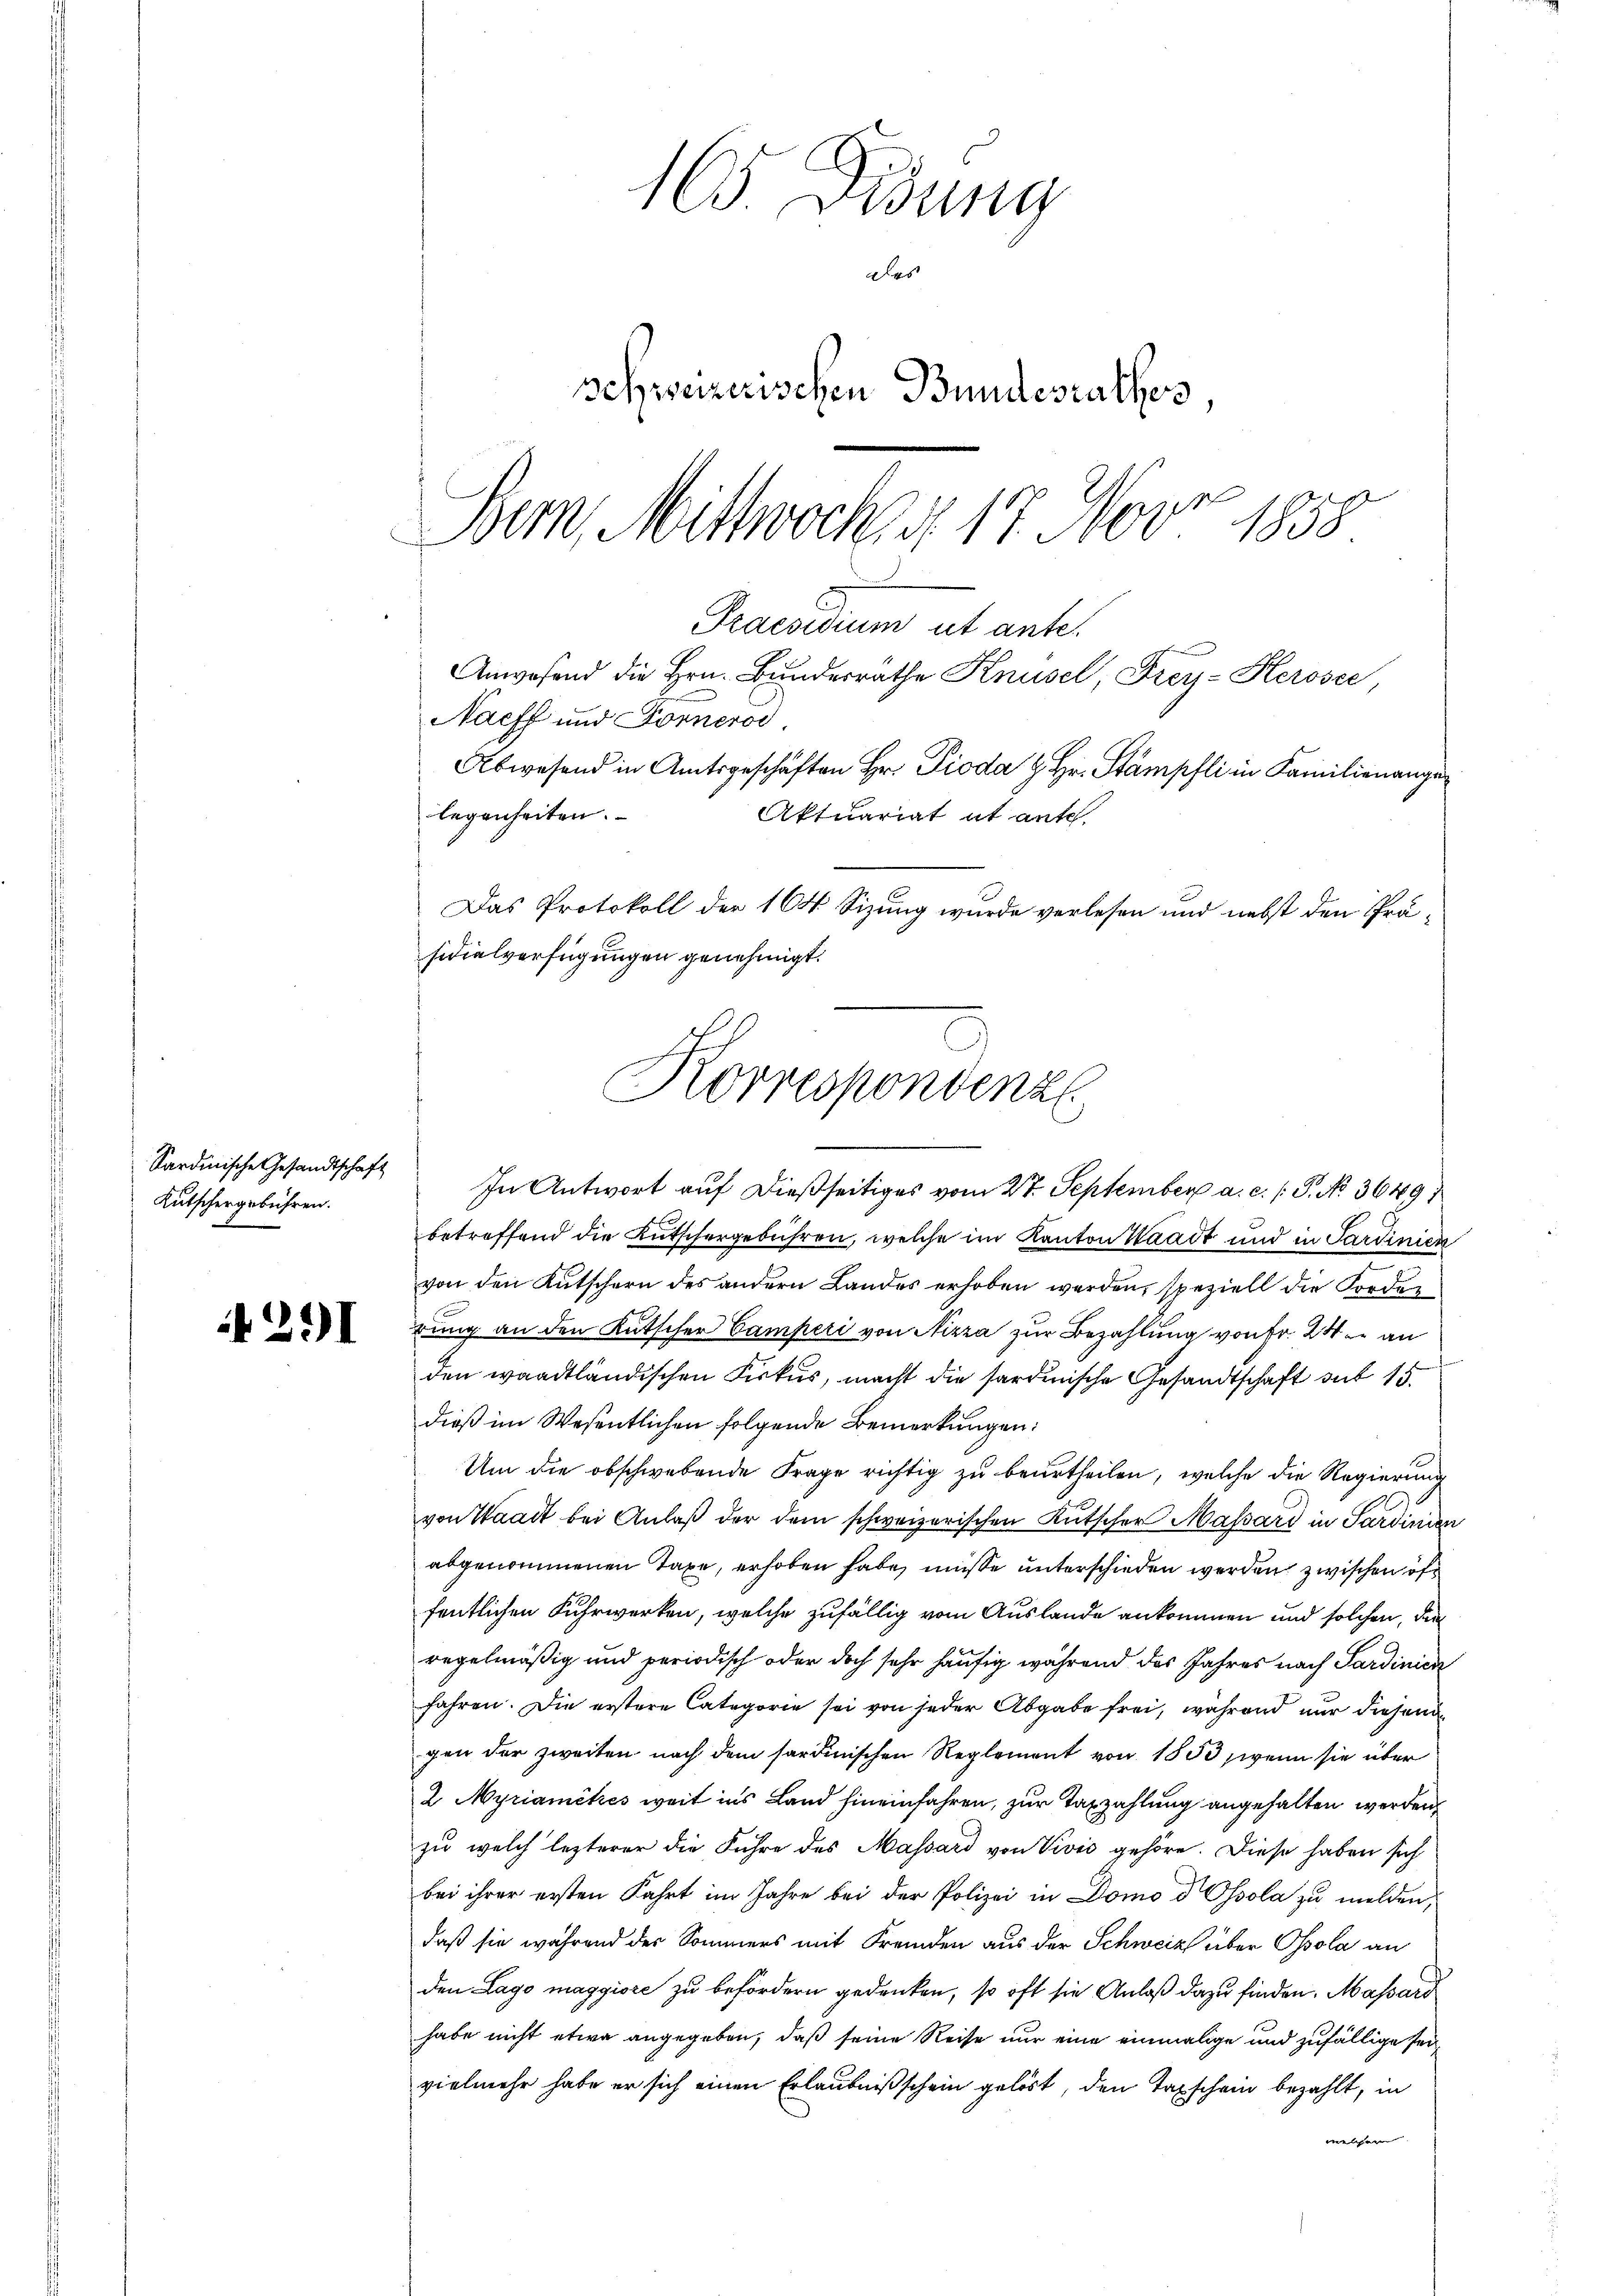
Kutschergebühren.

291

Praesidium ut ante.
Anwesend die Hrn. Bŭndesräthe Knüsel, Frey-Herosee,
Nacff und Fornerod

legenheiten.
Das Protokoll der 164. Sizung wurde verlesen und nebst den Präsidialverfügungen genehmigt.

Sardinische Gesandtschaft In Antwort auf dießseitiges vom 27. September a. c. P. No. 3649,
betreffend die Kutschergebühren, welche im Kanton Waadt und in Sardinien
von den Kutschern des andern Landes erhoben werden, speziell die Forden
rung an den Kutscher Camperi von Nizza zur Bezahlung von Fr. 24. an
den waadtländischen Fiskus, macht die sardinische Gesandtschaft mit 15.
dieß im Wesentlichen folgende Bemerkungen:
Um die obschwebende Frage richtig zu beurtheilen, welche die Regierung
von Waadt bei Anlaß der dem schweizerischen Kutscher Massard in Sardinien
abgenommenen Taxe, erhoben habe, müsse unterschieden werden zwischen öffentlichen Fuhrwerken, welche zufällig vom Auslande ankommen und solchen, die
regelmäßig und periodisch oder doch sehr häufig während des Jahres nach Sardinien
fahren. Die erstere Categorie sei von jeder Abgabe frei, während nur diesen
gen der zweiten nach dem sardinischen Reglement von 1853, wenn sie über
2 Myriamckes weit ins Land hineinfahren, zur Taxzahlung angehalten werden
zu welch lezterer die Führe des Massard von Vivić gehöre. Diese haben sich
bei ihrer ersten Fahrt im Jahre bei der Polizei in Domo d Ossola zu melden,
daß sie während der Sommers mit Fremden aus der Schweiz über Ossola an
den Lago maggiore zu befördern gedenken, so oft sie Anlaß dazu finden, Massard
habe nicht etwa angegeben, daß seine Reise nur eine einmalige und zufällige seivielmehr habe er sich einen Erlaubnißschein gelöst, den Tagschein bezahlt, in
welcher

165. Didung
das
schweizerischen Bundesrathes
Bern, Mittwocher 17. Nov. 1858

Korrespondenz

Abwesend in Amtsgeschäften Hr. Pioda z. Hr. Stämpfli in Familienange
Aktuariat ut ante.